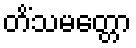
တိံသမတ္တော